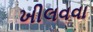
ખીલવવા